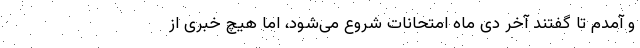
و آمدم تا گفتند آخر دی ماه امتحانات شروع می‌شود، اما هیچ خبری از